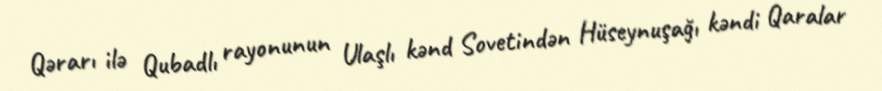
Qərarı ilə Qubadlı rayonunun Ulaşlı kənd Sovetindən Hüseynuşağı kəndi Qaralar